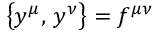
\bigl \{ y ^ { \mu } , \, y ^ { \nu } \bigr \} = f ^ { \mu \nu }